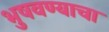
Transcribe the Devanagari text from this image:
भुषवण्याचा